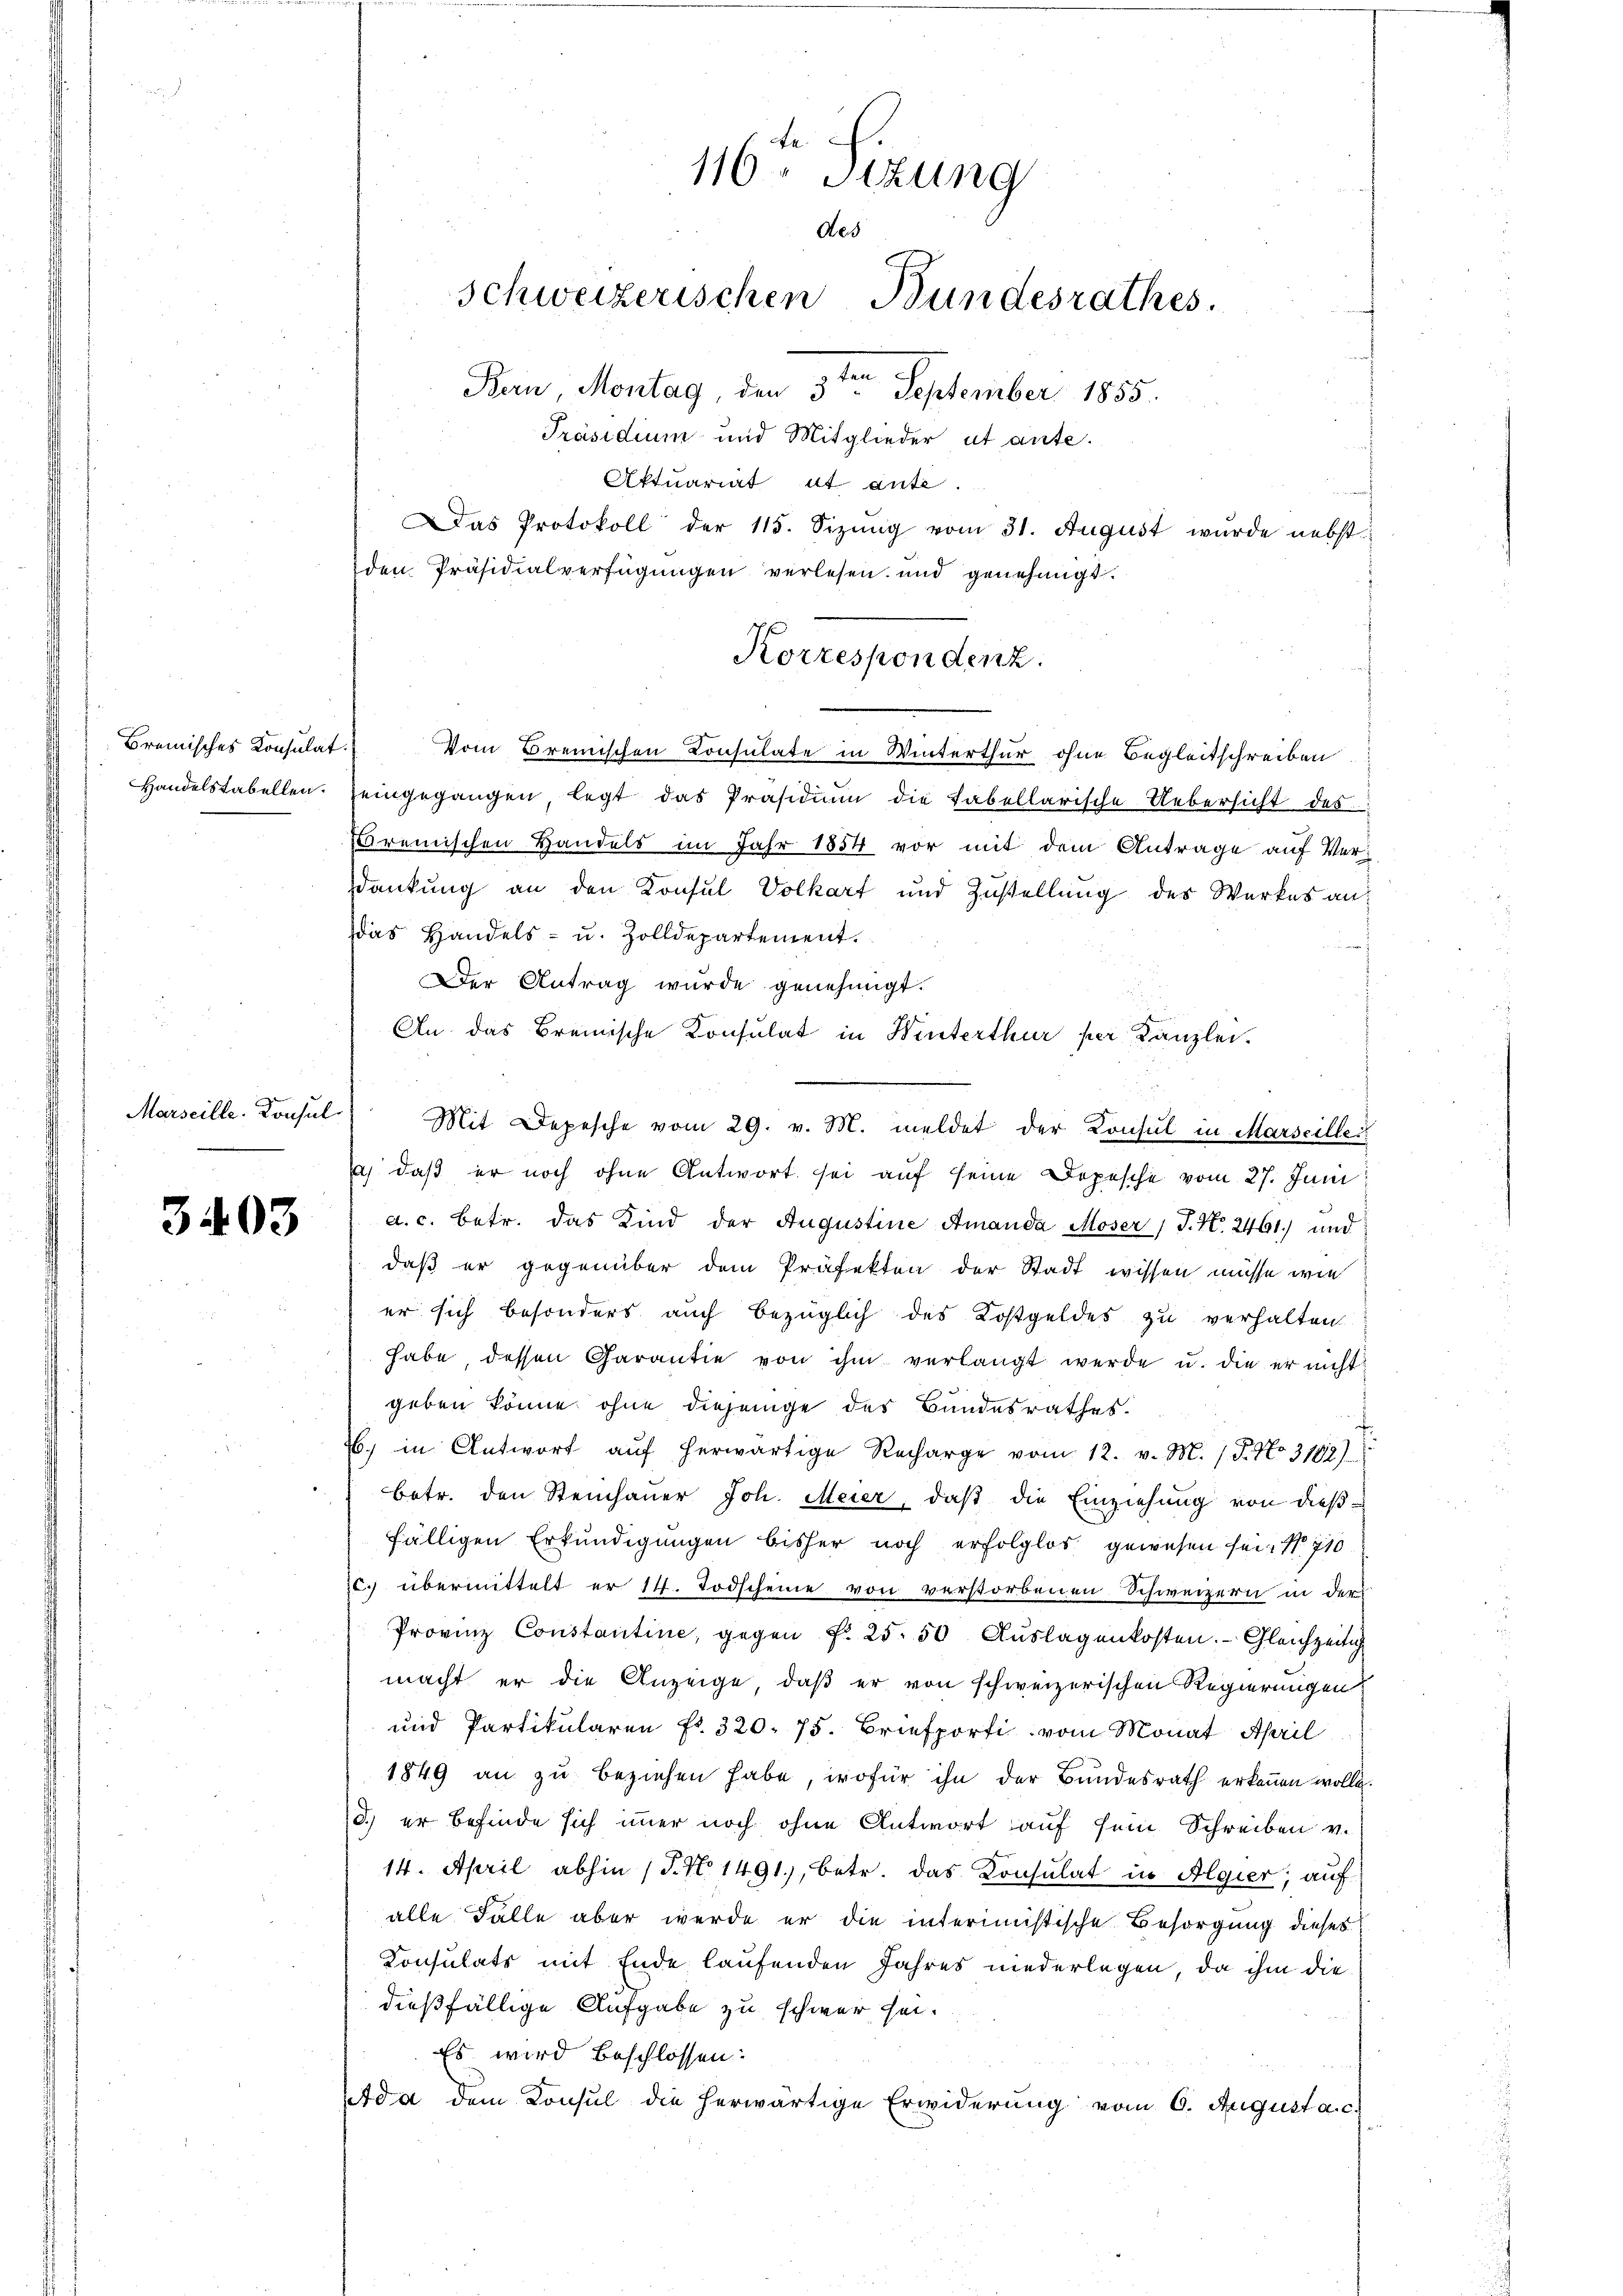
Bremisches Konsulat.

Marseille. Konsul

3403

Aktuariat et anti.
Das Protokoll der 115. Sizŭng vom 31. August wurde nebst
den Präsidialverfügungen verlesen und genehmigt.
Vom Bremischen Consulate in Winterthur ohne Begleitschreiben
Handelstabellen. Heingegangen, legt das Präsidium die tabellarische Uebersicht des
Bremischen Handels im Jahr 1854 vor mit dem Antrage auf Verdankung an den Konsul Volkart und Zustellung des Werkes andas Handels- u. Zolldepartement.

Der Antrag wurde genehmigt.
An das Bremische Konsulat in Winterthur per Kanzlei.
Mit Depesche vom 29. v. M. meldet der Konsul in Marseille
a) daß er noch ohne Antwort sei auf seine Depesche vom 27. Juni
a. c. betr. das Kind der Augustine Amanda Moser (T. N. 2461) und
daß er gegenüber dem Präfekten der Stadt wissen müsse wie
er sich besonders auch bezüglich des Kostgeldes zu verhalten.
habe, dessen Charantie von ihm verlangt werde u. die er nicht
geben könne, ohne diejenige des Bundesrathes.
b. in Antwort aŭf herwärtige Recharge vom 12. v. M. (T. No. 3102)
betr. den Steinhauer Joh. Meier, daß die Einziehung von dießfälligen Erkundigungen bisher noch erfolglos gewesen sei. No 710
c. übermittelt er 14. Todscheine von verstorbenen Schweizern in der
Provinz Constantine, gegen Fr. 25. 50 Aŭslagenkosten. Gleichzeitig
macht er die Anzeige, daß er von schweizerischen Regierungen
und Partikularen Fr. 320. 75. Briefporti vom Monat April
1849 an zu beziehen habe, wofür ihn der Bundesrath erkennen wolle.
d.) er befinde sich immer noch ohne Antwort auf sein Schreiben v.
14. April abhin (T. No 1491), betr. das Konsulat in Algier, auf
alle Falle aber werde er die interimistische Besorgung dieses
Konsulats mit Ende laufenden Jahres niederlegen, da ihm die
dießfällige Aufgabe zu schwer sei.
Es wird beschlossen:
set da dem Konsul die herwärtige Erwiderung vom 6. August a. c.

te
116. Sizung
des
Schweizerischen Bundesrathes.
Bern, Montag, den 3te͇n September 1855.
Präsidium und Mitglieder et ante.

Korrespondenz.